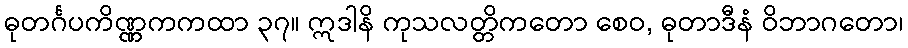
ဓုတင်္ဂပကိဏ္ဏကကထာ ၃၇။ ဣဒါနိ ကုသလတ္တိကတော စေဝ, ဓုတာဒီနံ ဝိဘာဂတော၊